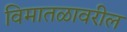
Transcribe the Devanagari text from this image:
विमातळावरील